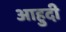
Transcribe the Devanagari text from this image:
आहुदी